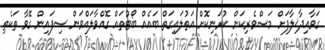
ގަވާއިދާޚިލާފަށް މަސްވެރިކަން ކުރަނިކޮށް އަތުލައިގަތް ބައެއް ބޯޓުތައް ގޮއްވާލައްވަން ސިފައިން ގޮވާ ތަކެތި